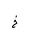
Letter: _kha